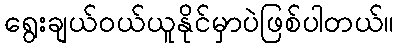
ရွေးချယ်ဝယ်ယူနိုင်မှာပဲဖြစ်ပါတယ်။